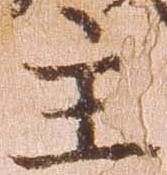
主